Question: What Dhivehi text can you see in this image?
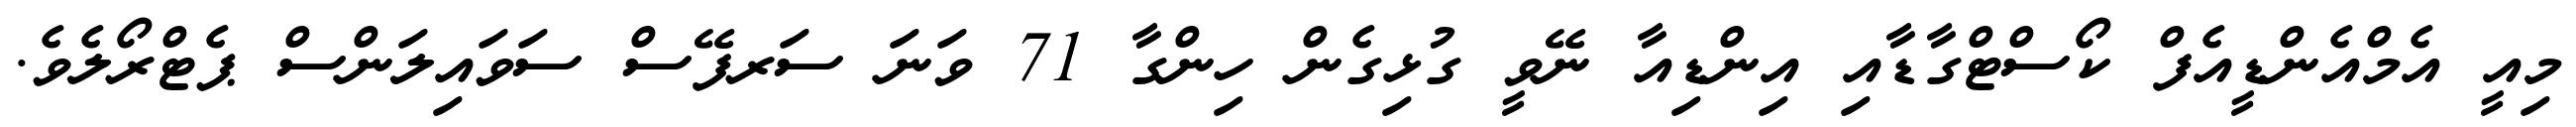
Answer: މިއީ އެމްއެންޑީއެފް ކޯސްޓްގާޑާއި އިންޑިއާ ނޭވީ ގުޅިގެން ހިންގާ 71 ވަނަ ސަރފޭސް ސަވައިލަންސް ޕެޓްރޯލެވެ.